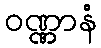
ဝဏ္ဏာနံ